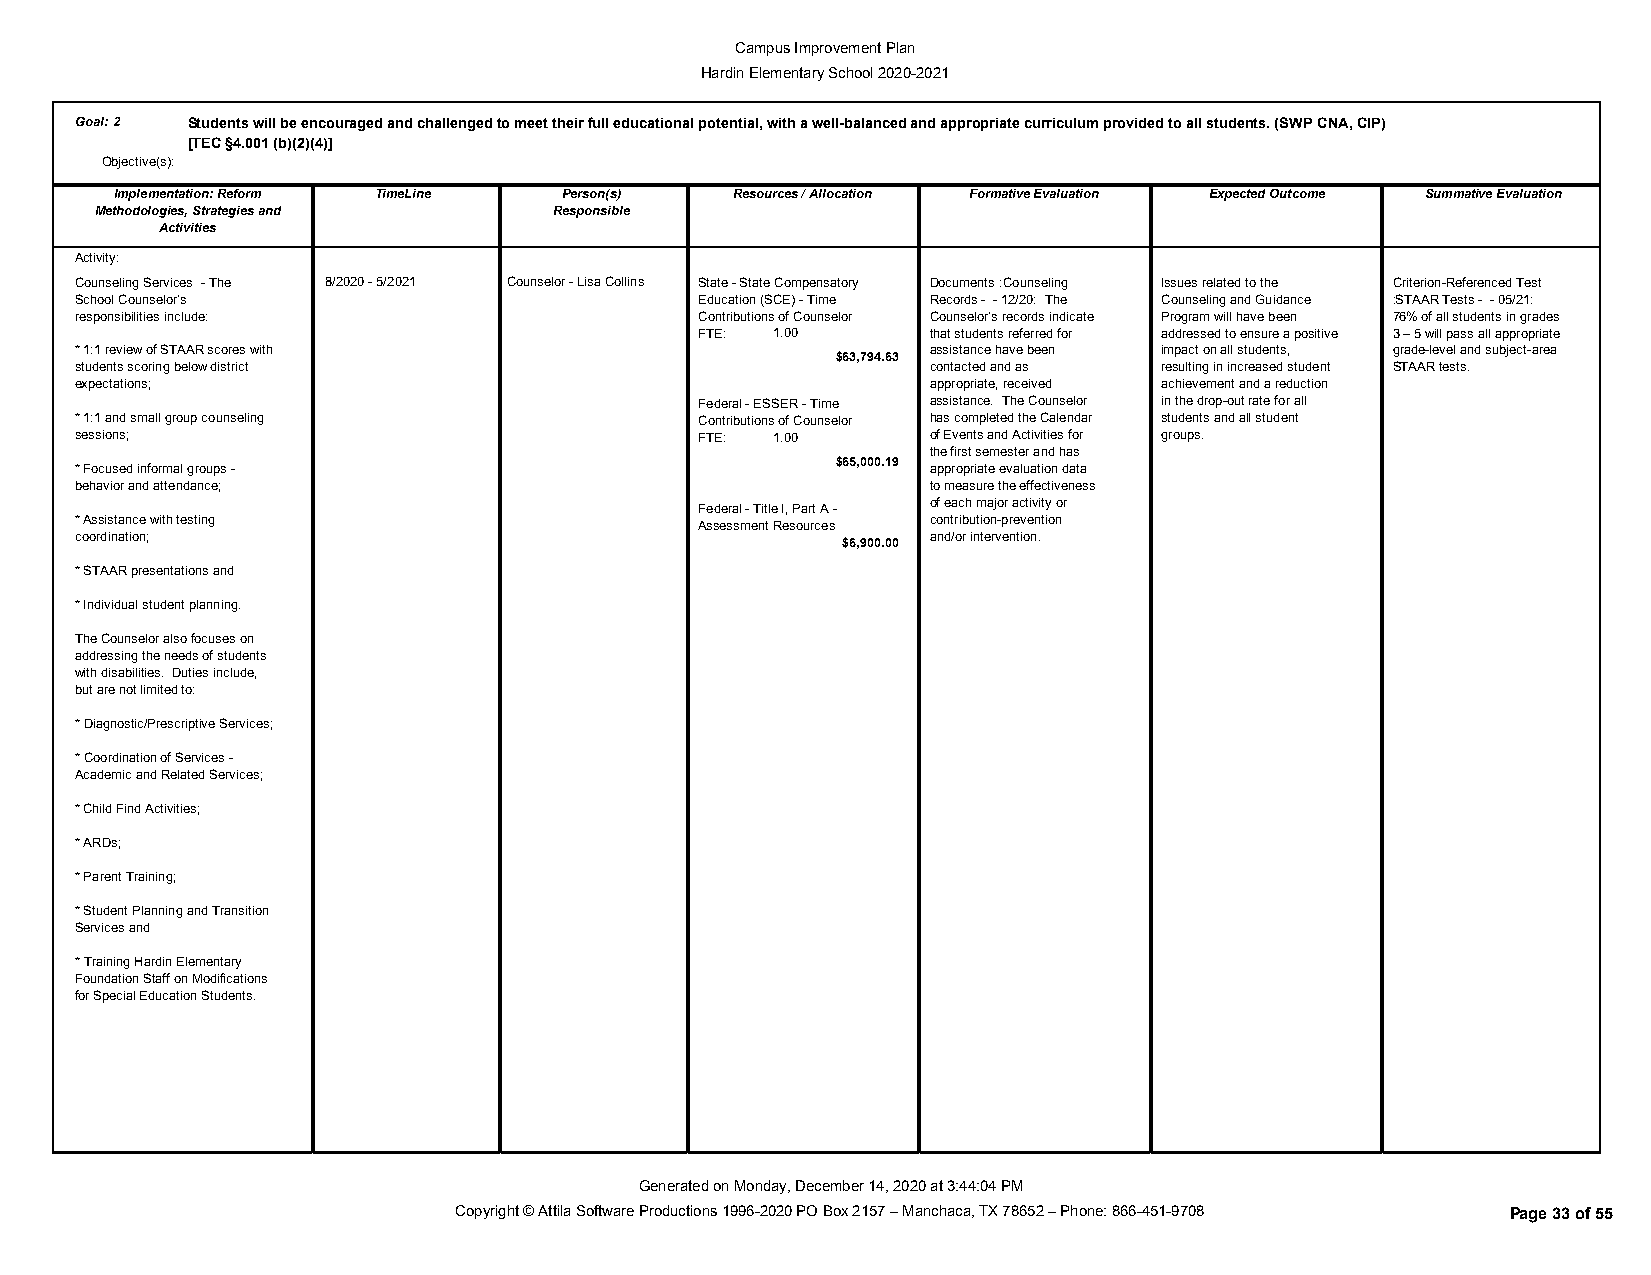
Campus Improvement Plan
 Hardin Elementary School 2020-2021
 Goal:2 Students will be encouraged and challenged to meet their full educational potential, with a well-balanced and appropriate curriculum provided to all students. (SWP CNA, CIP)
 [TEC §4.001 (b)(2)(4)]
 Objective(s):
 Implementation: Reform TimeLine Person(s) Resources / Allocation Formative Evaluation Expected Outcome Summative Evaluation
 Methodologies, Strategies and  Responsible
 Activities
 Activity:
 Counseling Services - The 8/2020 - 5/2021 Counselor - Lisa Collins State - State Compensatory Documents :Counseling Issues related to the Criterion-Referenced Test
 School Counselor’s                       Education (SCE) - Time Records - - 12/20: The Counseling and Guidance :STAAR Tests - - 05/21:
 responsibilities include:                Contributions of Counselor Counselor’s records indicate Program will have been 76% of all students in grades
 FTE: 1.00       that students referred for addressed to ensure a positive 3 – 5 will pass all appropriate
 * 1:1 review of STAAR scores with                        assistance have been impact on all students, grade-level and subject-area
 $63,794.63
 students scoring below district                          contacted and as resulting in increased student STAAR tests.
 expectations;                                            appropriate, received achievement and a reduction
 Federal - ESSER - Time assistance. The Counselor in the drop-out rate for all
 * 1:1 and small group counseling         Contributions of Counselor has completed the Calendar students and all student
 sessions;                                FTE: 1.00       of Events and Activities for groups.
 the first semester and has
 $65,000.19
 * Focused informal groups -                              appropriate evaluation data
 behavior and attendance;                                 to measure the effectiveness
 Federal - Title I, Part A - of each major activity or
 * Assistance with testing                Assessment Resources contribution-prevention
 coordination;                                      $6,900.00 and/or intervention.
 * STAAR presentations and
 * Individual student planning.
 The Counselor also focuses on
 addressing the needs of students
 with disabilities. Duties include,
 but are not limited to:
 * Diagnostic/Prescriptive Services;
 * Coordination of Services -
 Academic and Related Services;
 * Child Find Activities;
 * ARDs;
 * Parent Training;
 * Student Planning and Transition
 Services and
 * Training Hardin Elementary
 Foundation Staff on Modifications
 for Special Education Students.
 Generated on Monday, December 14, 2020 at 3:44:04 PM
 Copyright © Attila Software Productions 1996-2020 PO Box 2157 – Manchaca, TX 78652 – Phone: 866-451-9708 Page 33 of 55